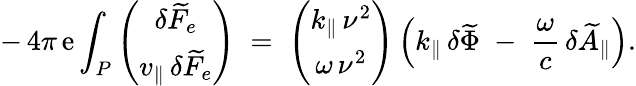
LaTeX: -\, 4\pi\, \mathrm{e}\int_{P}\left(\begin{array}{c}{\delta\widetilde{F}_{e}}\\ {v_{\| }\, \delta\widetilde{F}_{e}}\end{array}\right)\; =\; \left(\begin{array}{c}{k_{\| }\, \nu^{2}}\\ {\omega\, \nu^{2}}\end{array}\right)\left(k_{\| }\, \delta\widetilde{{\Phi}}\; -\; \frac{{\omega}}{{c}}\, \delta\widetilde{{A}}_{\| }\right).